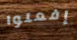
إفعلوا